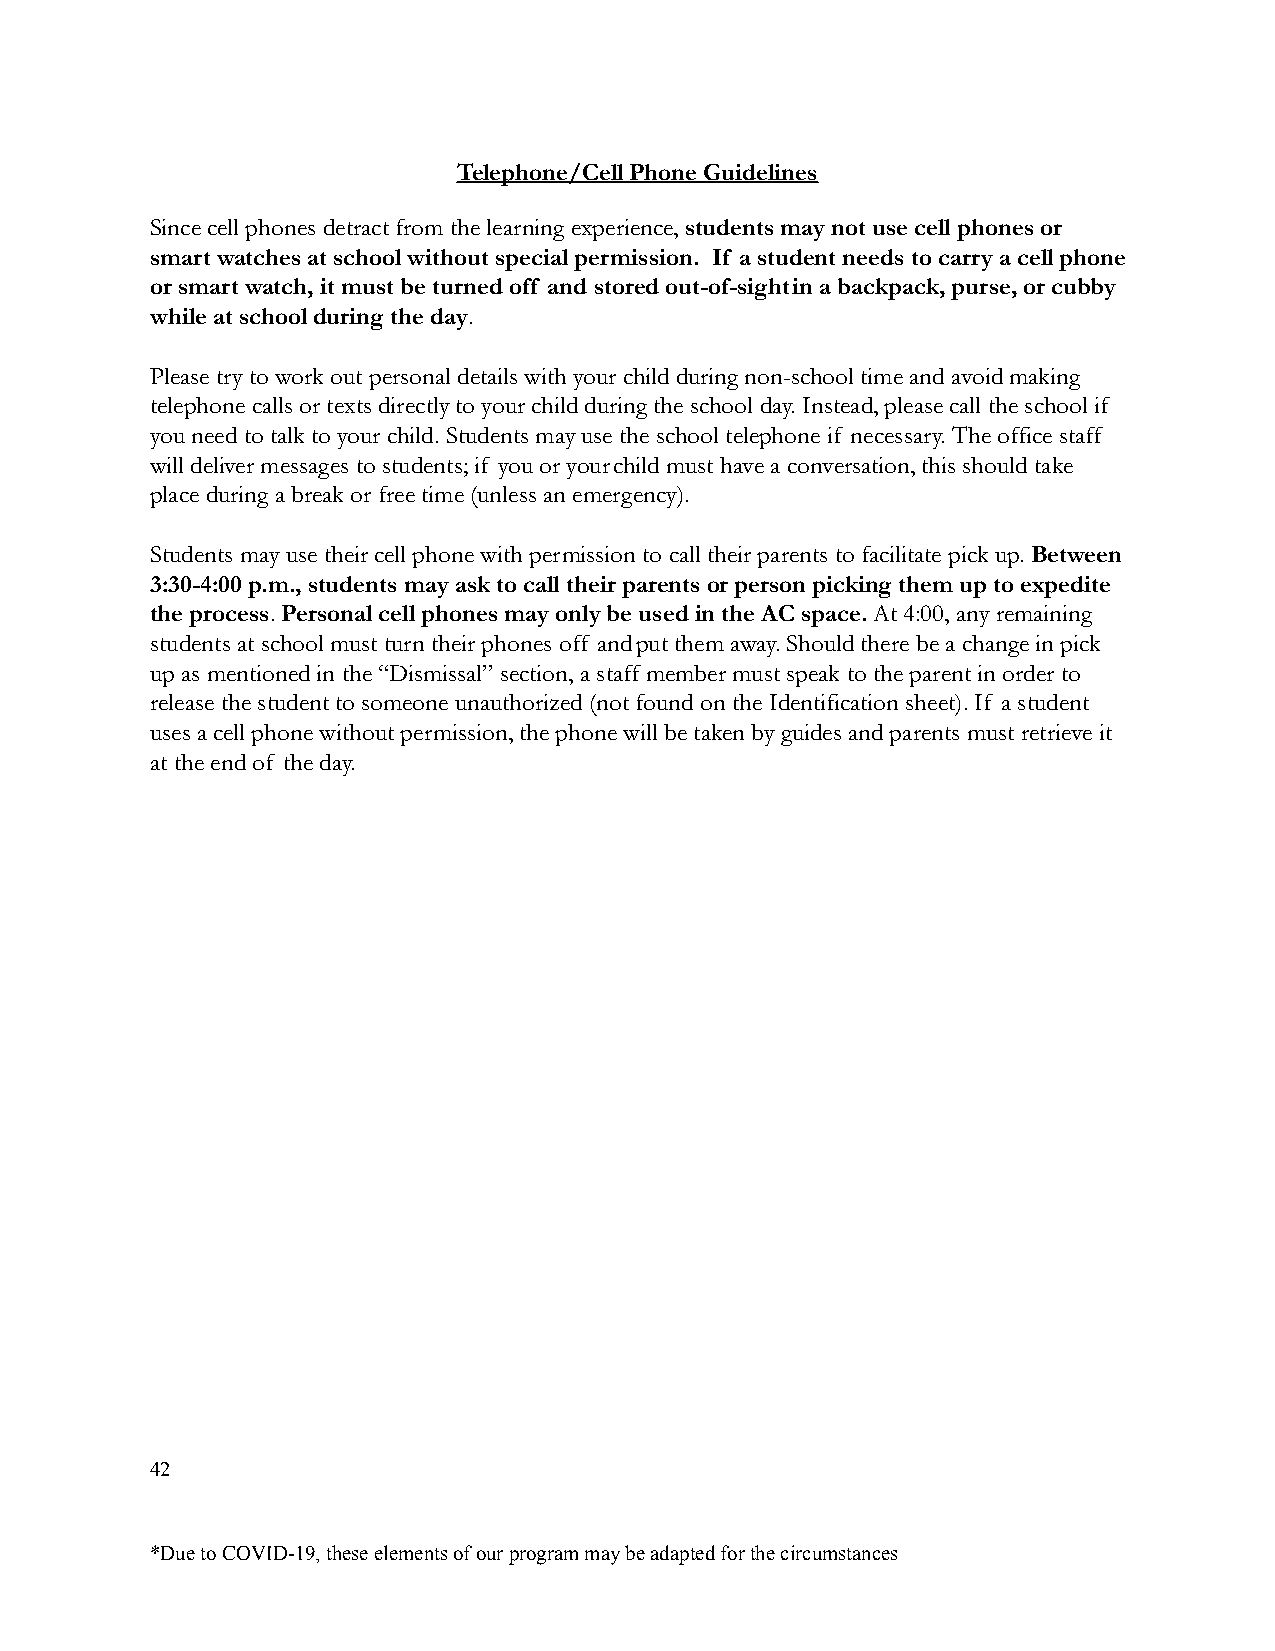
Telephone/Cell Phone Guidelines
 Since cell phones detract from the learning experience, students may not use cell phones or
 smart watches at school without special permission. If a student needs to carry a cell phone
 or smart watch, it must be turned off and stored out-of-sightin a backpack, purse, or cubby
 while at school during the day.
 Please try to work out personal details with your child during non-school time and avoid making
 telephone calls or texts directly to your child during the school day. Instead, please call the school if
 you need to talk to your child. Students may use the school telephone if necessary. The office staff
 will deliver messages to students; if you or yourchild must have a conversation, this should take
 place during a break or free time (unless an emergency).
 Students may use their cell phone with permissionto call their parents to facilitate pick up.Between
 3:30-4:00 p.m., students may ask to call their parentsor person picking them up to expedite
 the process.Personal cell phones may only be usedin the AC space. At 4:00, any remaining
 students at school must turn their phones off andput them away. Should there be a change in pick
 up as mentioned in the “Dismissal” section, a staffmember must speak to the parent in order to
 release the student to someone unauthorized (not foundon the Identification sheet). If a student
 uses a cell phone without permission, the phone will be taken by guides and parents must retrieve it
 at the end of the day.
 42
 *Due to COVID-19, these elements of our program maybe adapted for the circumstances